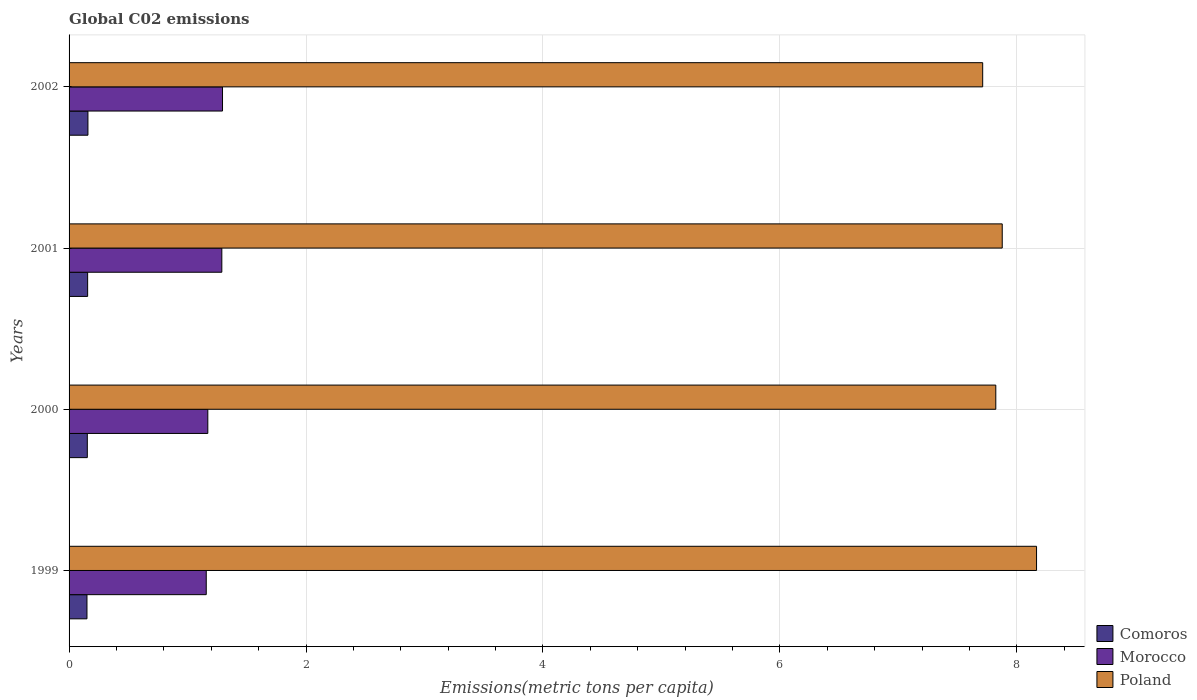
| Years | Comoros | Morocco | Poland |
 | --- | --- | --- | --- |
 | 1999 | 0.151 | 1.16 | 8.17 |
 | 2000 | 0.154 | 1.17 | 7.82 |
 | 2001 | 0.157 | 1.29 | 7.88 |
 | 2002 | 0.159 | 1.3 | 7.71 |